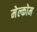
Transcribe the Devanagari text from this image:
मेल्कोम